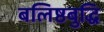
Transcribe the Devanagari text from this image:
बलिष्ठबुद्धि